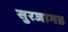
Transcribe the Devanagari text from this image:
सुरजागड